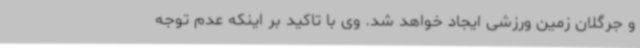
و جرگلان زمین ورزشی ایجاد خواهد شد. وی با تاکید بر اینکه عدم توجه